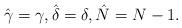
LaTeX: \begin{gather*}\hat{\gamma} = \gamma, \hat{\delta}= \delta,\hat{N} = N-1.\end{gather*}